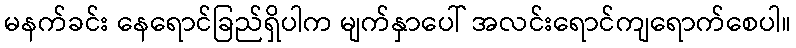
မနက်ခင်း နေရောင်ခြည်ရှိပါက မျက်နှာပေါ် အလင်းရောင်ကျရောက်စေပါ။